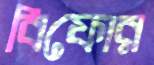
বিফোর